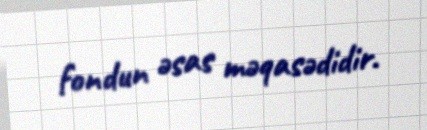
fondun əsas məqasədidir.